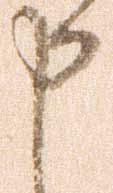
申